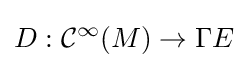
D:{\mathcal {C}}^{\infty }(M)\to \Gamma E